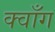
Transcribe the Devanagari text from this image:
क्वाँग